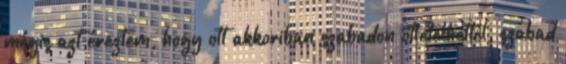
mégis azt éreztem, hogy ott akkoriban szabadon ötletelhettél, szabad